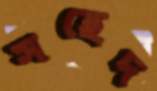
সহেদ